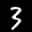
Label: 3